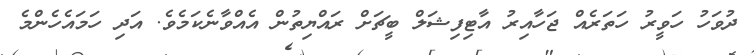
ދުވަހު ހަވީރު ހަތަރެއް ޖަހާއިރު އާޓިފިޝަލް ބީޗަށް ރައްޔިތުން އެއްވާނެކަމެވެ. އަދި ހަމައެހެންމެ